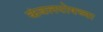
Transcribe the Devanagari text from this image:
कंबलपोषच्या